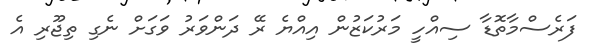
ފަރެސްމާތޮޑާ ސިއްހީ މަރުކަޒުން އިއްޔެ ރޭ ދަންވަރު ވަގަށް ނެގި ތިޖޫރި އެ